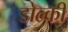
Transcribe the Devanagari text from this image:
डोल्की